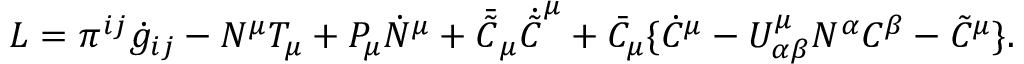
L = \pi ^ { i j } \dot { g } _ { i j } - N ^ { \mu } T _ { \mu } + P _ { \mu } \dot { N } ^ { \mu } + \bar { \tilde { C } } _ { \mu } \dot { \tilde { C } } ^ { \mu } + \bar { C } _ { \mu } \{ \dot { C } ^ { \mu } - U _ { \alpha \beta } ^ { \mu } N ^ { \alpha } C ^ { \beta } - \tilde { C } ^ { \mu } \} .